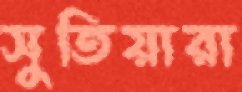
সুতিয়ারা